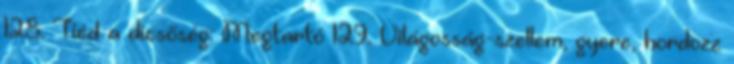
128. Tiéd a dicsőség: Megtartó 129. Világosság-szellem, gyere, hordozz